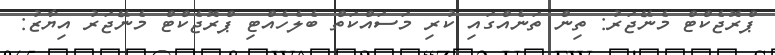
ޕްރޮޖެކްޓް މެނޭޖަރު: ތިން ތަނެއްގައި ކުރި މަސައްކަތް ބެލެހެއްޓި ޕްރޮޖެކްޓް މެނޭޖަރު އިޔާޒު: